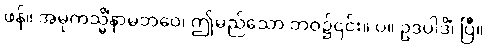
ဖန်။ အမုကသ္မိံနာမဘဝေ၊ ဤမည်သော ဘဝ၌၎င်း။ ပ။ ဥဒပါဒိံ၊ ပြီ။